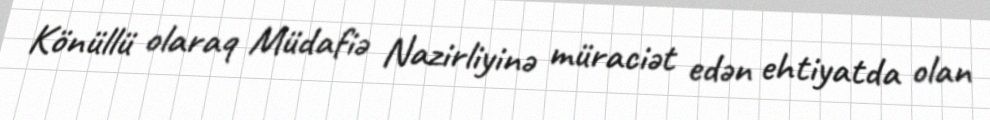
Könüllü olaraq Müdafiə Nazirliyinə müraciət edən ehtiyatda olan